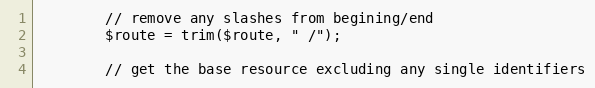
Language: PHP
        // remove any slashes from begining/end
        $route = trim($route, " /");

        // get the base resource excluding any single identifiers